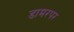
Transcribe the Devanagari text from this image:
डामरपर